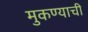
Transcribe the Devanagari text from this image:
मुकण्याची